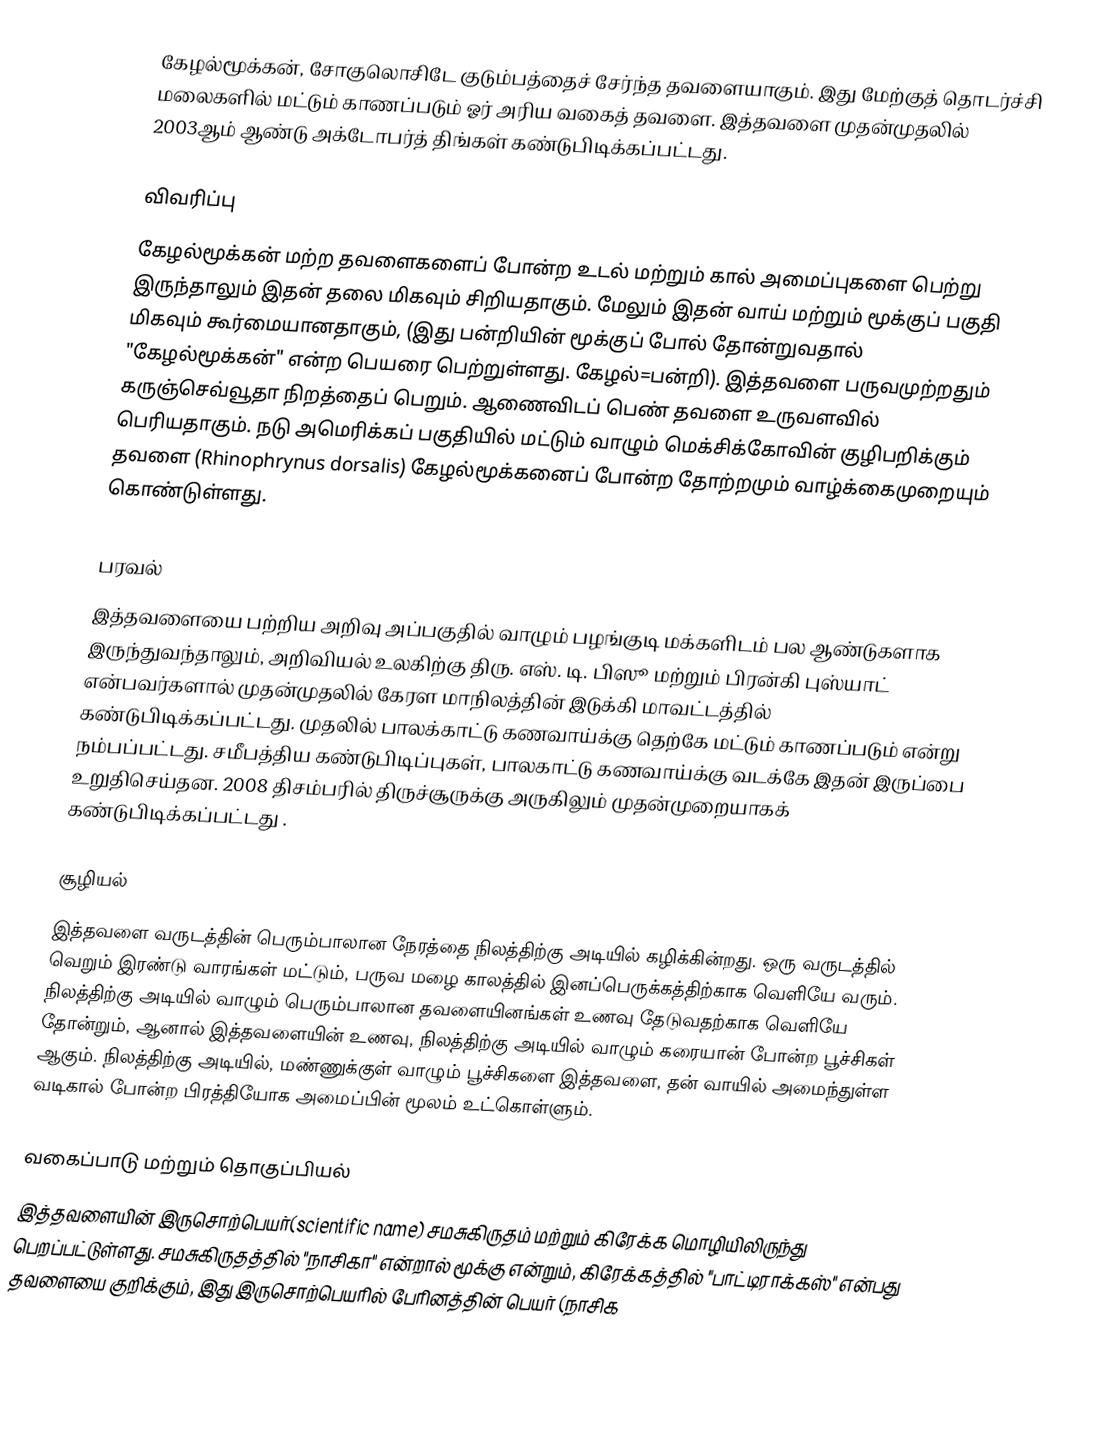
கேழல்மூக்கன், சோகுலொசிடே குடும்பத்தைச் சேர்ந்த தவளையாகும். இது மேற்குத் தொடர்ச்சி மலைகளில் மட்டும் காணப்படும் ஓர் அரிய வகைத் தவளை. இத்தவளை முதன்முதலில் 2003ஆம் ஆண்டு அக்டோபர்த் திங்கள் கண்டுபிடிக்கப்பட்டது.

விவரிப்பு
கேழல்மூக்கன் மற்ற தவளைகளைப் போன்ற உடல் மற்றும் கால் அமைப்புகளை பெற்று இருந்தாலும் இதன் தலை மிகவும் சிறியதாகும். மேலும் இதன் வாய் மற்றும் மூக்குப் பகுதி மிகவும் கூர்மையானதாகும், (இது பன்றியின் மூக்குப் போல் தோன்றுவதால் "கேழல்மூக்கன்" என்ற பெயரை பெற்றுள்ளது. கேழல்=பன்றி). இத்தவளை பருவமுற்றதும் கருஞ்செவ்வூதா நிறத்தைப் பெறும். ஆணைவிடப் பெண் தவளை உருவளவில் பெரியதாகும். நடு அமெரிக்கப் பகுதியில் மட்டும் வாழும் மெக்சிக்கோவின் குழிபறிக்கும் தவளை (Rhinophrynus dorsalis) கேழல்மூக்கனைப் போன்ற தோற்றமும் வாழ்க்கைமுறையும் கொண்டுள்ளது.

பரவல்
இத்தவளையை பற்றிய அறிவு அப்பகுதில் வாழும் பழங்குடி மக்களிடம் பல ஆண்டுகளாக இருந்துவந்தாலும், அறிவியல் உலகிற்கு திரு. எஸ். டி. பிஸூ மற்றும் பிரன்கி புஸ்யாட் என்பவர்களால் முதன்முதலில் கேரள மாநிலத்தின் இடுக்கி மாவட்டத்தில் கண்டுபிடிக்கப்பட்டது. முதலில் பாலக்காட்டு கணவாய்க்கு தெற்கே மட்டும் காணப்படும் என்று நம்பப்பட்டது. சமீபத்திய கண்டுபிடிப்புகள், பாலகாட்டு கணவாய்க்கு வடக்கே இதன் இருப்பை உறுதிசெய்தன. 2008 திசம்பரில் திருச்சூருக்கு அருகிலும் முதன்முறையாகக் கண்டுபிடிக்கப்பட்டது .

சூழியல்
இத்தவளை வருடத்தின் பெரும்பாலான நேரத்தை நிலத்திற்கு அடியில் கழிக்கின்றது. ஒரு வருடத்தில் வெறும் இரண்டு வாரங்கள் மட்டும், பருவ மழை காலத்தில் இனப்பெருக்கத்திற்காக வெளியே வரும். நிலத்திற்கு அடியில் வாழும் பெரும்பாலான தவளையினங்கள் உணவு தேடுவதற்காக வெளியே தோன்றும், ஆனால் இத்தவளையின் உணவு, நிலத்திற்கு அடியில் வாழும் கரையான் போன்ற பூச்சிகள் ஆகும். நிலத்திற்கு அடியில், மண்ணுக்குள் வாழும் பூச்சிகளை இத்தவளை, தன் வாயில் அமைந்துள்ள வடிகால் போன்ற பிரத்தியோக அமைப்பின் மூலம் உட்கொள்ளும்.

வகைப்பாடு மற்றும் தொகுப்பியல்
இத்தவளையின் இருசொற்பெயர்(scientific name) சமசுகிருதம் மற்றும் கிரேக்க மொழியிலிருந்து பெறப்பட்டுள்ளது. சமசுகிருதத்தில் "நாசிகா" என்றால் மூக்கு என்றும், கிரேக்கத்தில் "பாட்டிராக்கஸ்" என்பது தவளையை குறிக்கும், இது இருசொற்பெயரில் பேரினத்தின் பெயர் (நாசிக